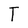
Character: T